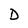
Character: D